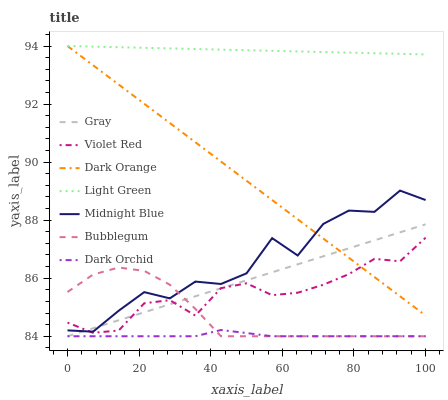
| xaxis_label | Gray | Violet Red | Dark Orange | Light Green | Midnight Blue | Bubblegum | Dark Orchid |
 | --- | --- | --- | --- | --- | --- | --- | --- |
 | 0 | 84 | 84.5 | 94 | 94 | 84.2 | 85.5 | 84 |
 | 7.14 | 84.3 | 84.1 | 93.3 | 94 | 84.2 | 86.1 | 84 |
 | 14.3 | 84.6 | 84.2 | 92.7 | 94 | 84.9 | 86.4 | 84 |
 | 21.4 | 84.8 | 85.1 | 92 | 93.9 | 85.5 | 86.3 | 84 |
 | 28.6 | 85.1 | 85.2 | 91.3 | 93.9 | 85.3 | 85.8 | 84 |
 | 35.7 | 85.4 | 84.7 | 90.7 | 93.9 | 85.9 | 84.9 | 84 |
 | 42.9 | 85.7 | 85.7 | 90 | 93.9 | 85.8 | 84 | 84.2 |
 | 50 | 85.9 | 85.8 | 89.4 | 93.9 | 86.2 | 84 | 84.1 |
 | 57.1 | 86.2 | 85.4 | 88.7 | 93.8 | 87.4 | 84 | 84 |
 | 64.3 | 86.5 | 85.5 | 88 | 93.8 | 86.8 | 84 | 84 |
 | 71.4 | 86.8 | 85.8 | 87.4 | 93.8 | 87.9 | 84 | 84 |
 | 78.6 | 87 | 86.1 | 86.7 | 93.8 | 88.3 | 84 | 84 |
 | 85.7 | 87.3 | 86.7 | 86 | 93.8 | 88.3 | 84 | 84 |
 | 92.9 | 87.6 | 86.6 | 85.4 | 93.7 | 89 | 84 | 84 |
 | 100 | 87.9 | 87.4 | 84.7 | 93.7 | 88.7 | 84 | 84 |